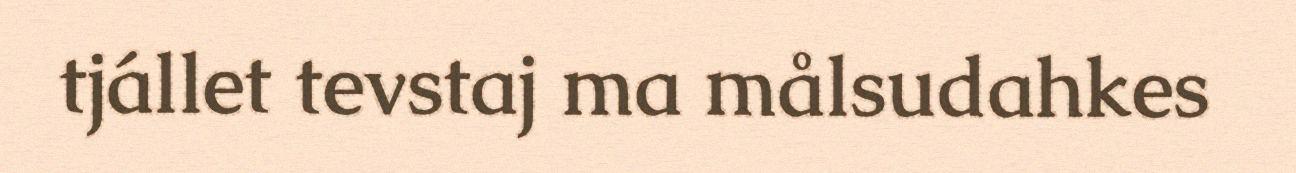
tjállet tevstaj ma målsudahkes